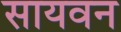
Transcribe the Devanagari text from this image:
सायवन